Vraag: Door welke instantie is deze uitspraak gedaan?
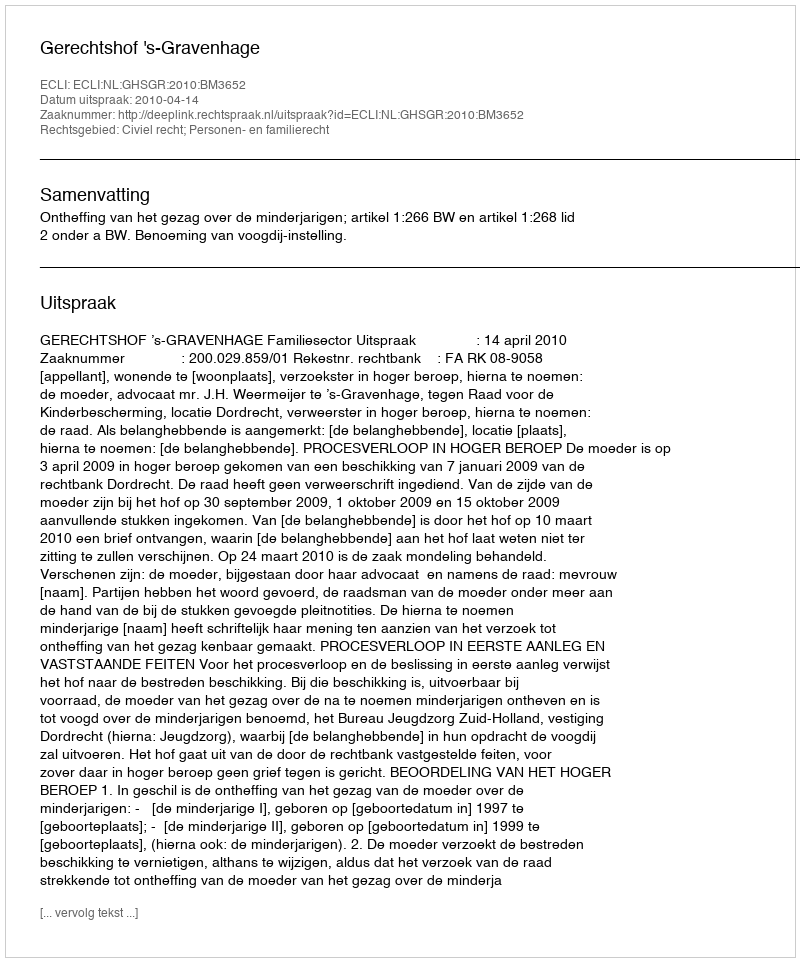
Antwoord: Gerechtshof 's-Gravenhage